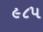
૯૮૫